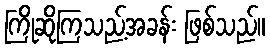
ကြိုဆိုကြသည့်အခန်း ဖြစ်သည်။